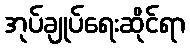
အုပ်ချုပ်ရေးဆိုင်ရာ